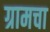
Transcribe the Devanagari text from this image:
ग्रामचा